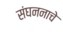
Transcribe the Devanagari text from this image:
संघननाचे